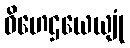
ဝိဟေဌယေယျုံ